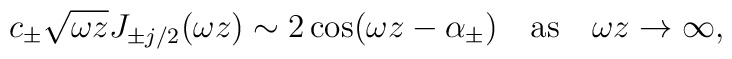
c_\pm\sqrt{\omega z} J_{\pm j/2} (\omega z) \sim 2\cos (\omega z - \alpha_{\pm}) \textrm{\quad as\quad} \omega z \to \infty,